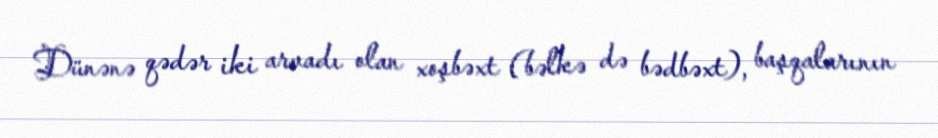
Dünənə qədər iki arvadı olan xoşbəxt (bəlkə də bədbəxt), başqalarının